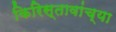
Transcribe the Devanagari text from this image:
किरिस्तावांच्या